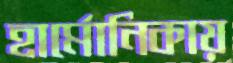
হার্মোনিকায়